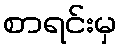
စာရင်းမှ